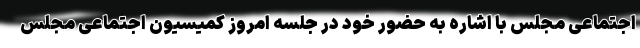
اجتماعی مجلس با اشاره به حضور خود در جلسه امروز کمیسیون اجتماعی مجلس